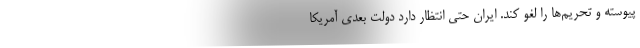
پیوسته و تحریم‌ها را لغو ‌کند. ایران حتی انتظار دارد دولت بعدی آمریکا